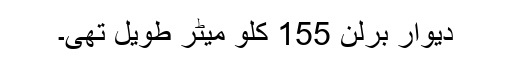
دیوارِ برلن 155 کلو میٹر طویل تھی۔